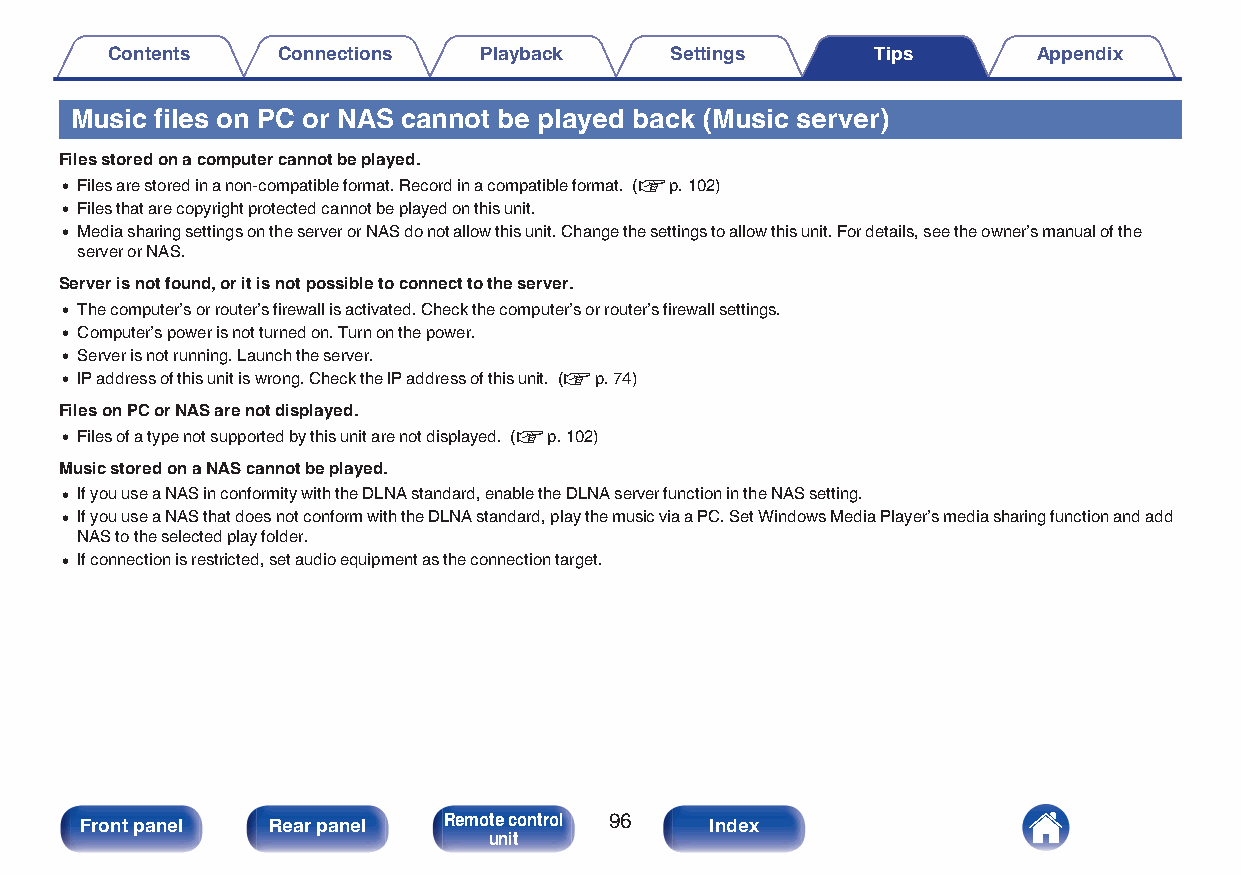
Contents   Connections   Playback    Settings      Tips       Appendix
 Music files on PC or NAS cannot be played back (Music server)
 Files stored on a computer cannot be played.
 0 Files are stored in a non-compatible format. Record in a compatible format. (v p. 102)
 0 Files that are copyright protected cannot be played on this unit.
 0 Media sharing settings on the server or NAS do not allow this unit. Change the settings to allow this unit. For details, see the owner’s manual of the
 server or NAS.
 Server is not found, or it is not possible to connect to the server.
 0 The computer’s or router’s firewall is activated. Check the computer’s or router’s firewall settings.
 0 Computer’s power is not turned on. Turn on the power.
 0 Server is not running. Launch the server.
 0 IP address of this unit is wrong. Check the IP address of this unit. (v p. 74)
 Files on PC or NAS are not displayed.
 0 Files of a type not supported by this unit are not displayed. (v p. 102)
 Music stored on a NAS cannot be played.
 0 If you use a NAS in conformity with the DLNA standard, enable the DLNA server function in the NAS setting.
 0 If you use a NAS that does not conform with the DLNA standard, play the music via a PC. Set Windows Media Player’s media sharing function and add
 NAS to the selected play folder.
 0 If connection is restricted, set audio equipment as the connection target.
 Front panel  Rear panel Remote control 96 Index
 unit